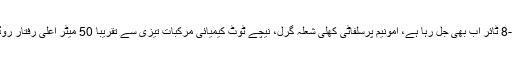
زاوو اویفو متعارف کرایا، کے مطابق وہ پہنچے، پیچھے اگلا، دوسرا دُم-8 ٹائر اب بھی جل رہا ہے، امونیم پرسلفاٹی کھلی شعلہ گرل، نیچے ٹوٹ کیمیائی مرکبات تیزی سے تقریبا 50 میٹر اعلی رفتار روڈ، کی کوریج کی تھی تیز بو کے ساتھ بھرا ہوا ایک مضبوط تیزاب ہے ۔